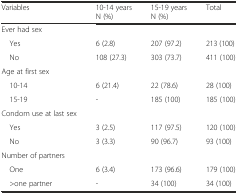
<table><thead><tr><td><b>Variables</b></td><td><b>10-14 years N (%)</b></td><td><b>15-19 years N (%)</b></td><td><b>Total</b></td></tr></thead><tbody><tr><td>Ever had sex</td><td></td><td></td><td></td></tr><tr><td> Yes</td><td>6 (2.8)</td><td>207 (97.2)</td><td>213 (100)</td></tr><tr><td> No</td><td>108 (27.3)</td><td>303 (73.7)</td><td>411 (100)</td></tr><tr><td>Age at first sex</td><td></td><td></td><td></td></tr><tr><td> 10-14</td><td>6 (21.4)</td><td>22 (78.6)</td><td>28 (100)</td></tr><tr><td> 15-19</td><td>-</td><td>185 (100)</td><td>185 (100)</td></tr><tr><td>Condom use at last sex</td><td></td><td></td><td></td></tr><tr><td> Yes</td><td>3 (2.5)</td><td>117 (97.5)</td><td>120 (100)</td></tr><tr><td> No</td><td>3 (3.3)</td><td>90 (96.7)</td><td>93 (100)</td></tr><tr><td>Number of partners</td><td></td><td></td><td></td></tr><tr><td> One</td><td>6 (3.4)</td><td>173 (96.6)</td><td>179 (100)</td></tr><tr><td> &gt;one partner</td><td>-</td><td>34 (100)</td><td>34 (100)</td></tr></tbody></table>